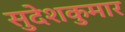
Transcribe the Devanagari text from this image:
सुदेशकुमार